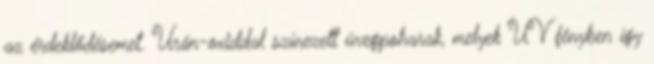
az érdeklődésemet. Urán-oxiddal színezett üvegpoharak, melyek UV fényben így